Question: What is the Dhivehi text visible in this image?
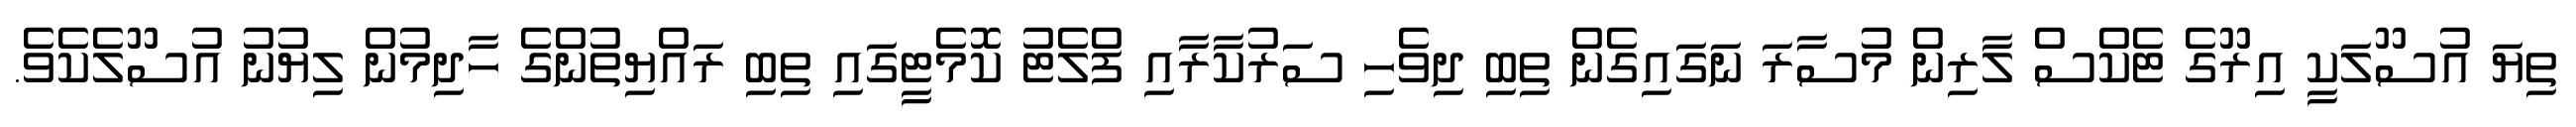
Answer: ތިޔަ އުސޫލަކީ އިރޫގެ ޓެކްސް ލާރިން މުސާރަ ނަގައިގެން ތިބި ދިވެހި ސަރުކާރާއި ފްލެޓު ކޮމެޓީގައި ތިބި ރައްޔިތުންގެ ހާދިމުން ލިޔުނު އުސޫލެކެވެ.